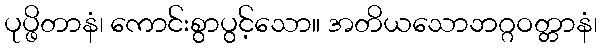
ပုပ္ဖိတာနံ၊ ကောင်းစွာပွင့်သော။ အတိယသောဘဂ္ဂဝတ္တာနံ၊